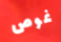
غوص